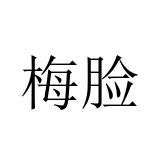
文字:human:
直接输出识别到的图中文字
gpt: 梅脸